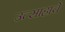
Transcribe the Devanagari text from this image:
उत्‍साहाचे